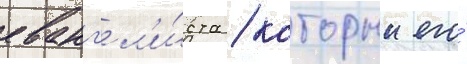
еванг'ел'и́ста / которыи его́